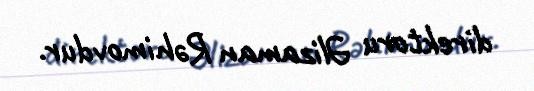
direktoru Əlizaman Rəhimovdur.